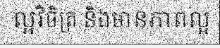
ល្អវិចិត្រ និងមានភាពល្អ